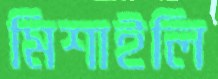
মিশাইলি